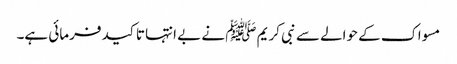
مسواک کے حوالے سے نبی کریم ﷺ نے بے انتہا تاکید فرمائی ہے۔